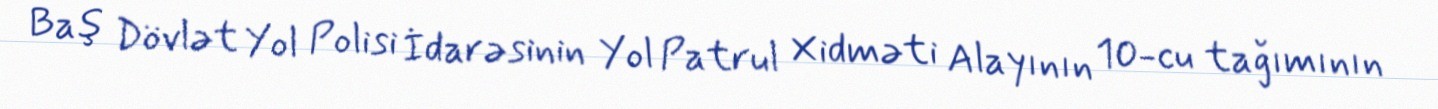
Baş Dövlət Yol Polisi İdarəsinin Yol Patrul Xidməti Alayının 10-cu tağımının